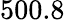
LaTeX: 500.8